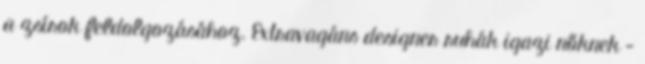
a zsírok feldolgozásához. Extravagáns designer ruhák igazi nőknek -